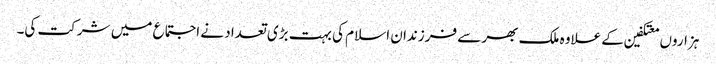
ہزاروں معتکفین کے علاوہ ملک بھر سے فرزندان اسلام کی بہت بڑی تعداد نے اجتماع میں شرکت کی۔